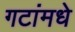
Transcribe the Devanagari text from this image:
गटांमधे